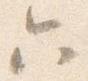
六